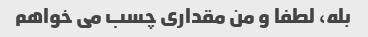
بله، لطفا و من مقداری چسب می خواهم